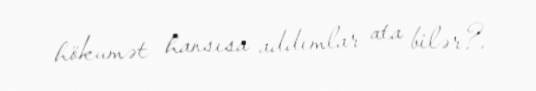
hökumət hansısa addımlar ata bilər?.